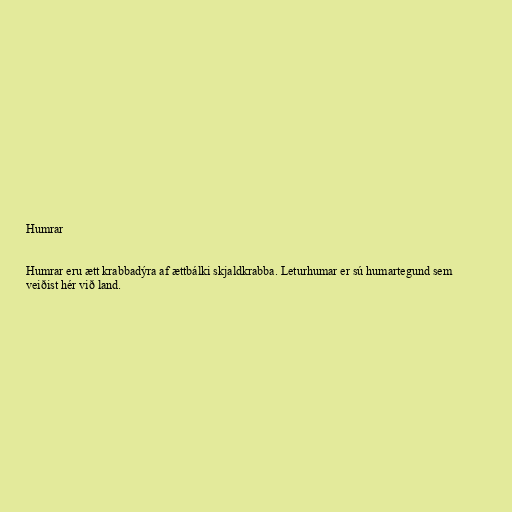
Humrar

Humrar eru ætt krabbadýra af ættbálki skjaldkrabba. Leturhumar er sú humartegund sem
veiðist hér við land.